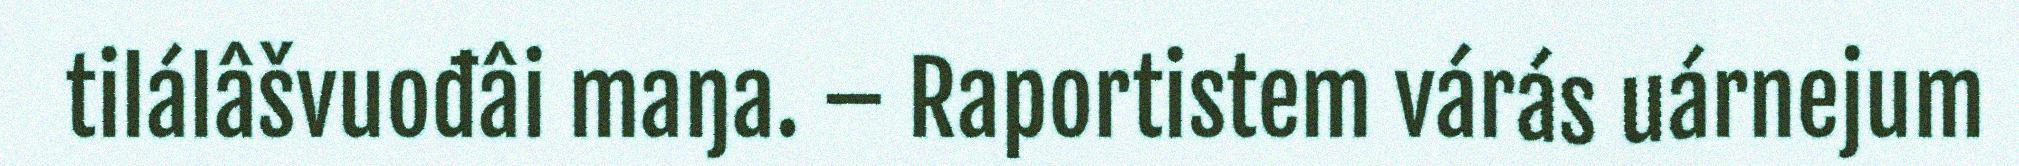
tilálâšvuođâi maŋa. – Raportistem várás uárnejum